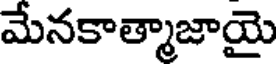
మేనకాత్మాజాయై